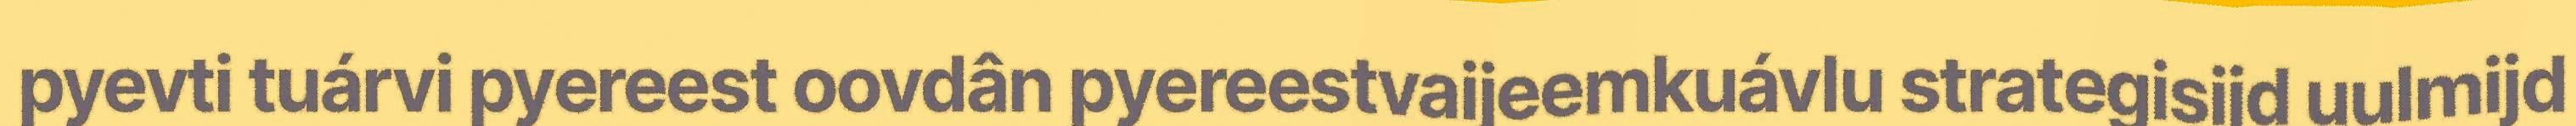
pyevti tuárvi pyereest oovdân pyereestvaijeemkuávlu strategisijd uulmijd